Calcutta medical institutions reports 1879-81 [i.e.91]
Year: 1879
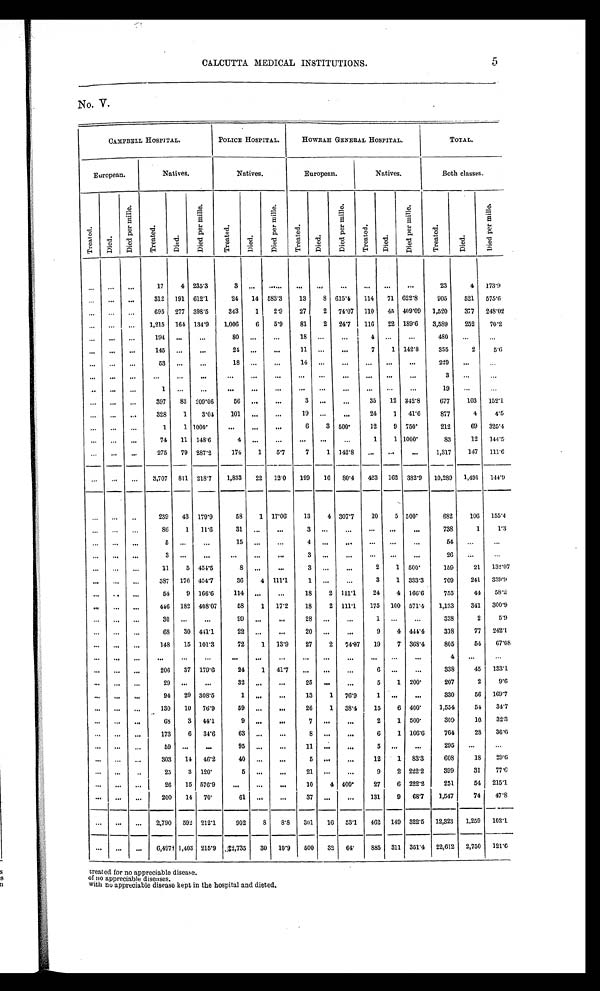
CALCUTTA MEDICAL INSTITUTIONS.
No. V.
CAMPBELL HOSPITAL.
POLICE HOSPITAL.
HOWRAH GENERAL HOSPITAL.
T O T A L .
European.
Natives.
Natives.
European.
Natives.
Both classes.
T r e a t e d .
D i e d .
D i e d p e r m i l l e .
Tr e a t e d .
D i e d .
D i e d p e r m i l l e .
Tr eat ed.
D i e d .
D i e d p e r m i l l e .
T r e a t e d .
D i e d .
D i e d p e r m i l l e .
T r e a t e d .
D i e d .
D i e d p e r m i l l e .
T r e a t e d .
D i e d .
D i e d p e r m i l l e .
. . .
. . .
. . .
17
4 235.3
3
. . .
. . .
. . .
. . .
. . .
. . .
. . .
. . .
23
4 173.9
. . .
. . .
. . .
312 191 612.1
24
14 583.3
13
8 615.4
114
71 622.8
905
521
5 7 5 . 6
. . .
. . .
. . .
695 277 398.5
343
1
2.9
27
2 74.07 110
45 409.09 1,520
377 248.02
. . .
. . .
. . .
1,215 164 134.9
1,006
6
5.9
81
2 24.7
116
22 189.6
3,589
252
70.2
. . .
. . .
. . .
194
. . .
. . .
80
. . .
. . .
18
. . .
. . .
4
. . .
. . . 480
. . .
. . .
. . .
. . .
. . .
145
. . .
. . .
24
. . .
. . .
11
. . .
. . .
7
1 142.8
355
2
5.6
. . .
. . .
. . .
53
. . .
. . .
18
. . .
. . .
14
. . .
. . .
. . .
. . .
. . . 229
. . .
. . .
. . .
. . .
. . .
. . .
. . .
. . .
. . .
. . .
. . .
. . .
. . .
. . .
. . .
. . .
. . .
3
. . .
. . .
. . .
. . .
. . .
1
. . .
. . .
. . .
. . .
. . .
. . .
. . .
. . .
. . .
. . .
. . .
19
. . .
. . .
. . .
. . .
. . .
397
83 209.06
56
. . .
. . .
3 . . .
. . . 35
12 342.8
677
103 1 5 2 . 1
. . .
. . .
. . .
328
1
3.04
101
. . .
. . .
1 9
. . .
. . .
24
1 41.6
877
4
4 . 5
. . .
. . .
. . .
1
1 1000°. . .
. . .
. . .
6
3 500°12
9 750°212
69 3 2 5 . 4
. . .
. . .
. . .
74
11 148.6
4
. . .
. . .
. . .
. . .
. . .
1
1 1000°83
12
1 4 4 . 5
. . .
. . .
. . .
275
79 287.2
174
1
5.7
7
1 142.8
. . .
. . .
. . .
1,317
147 111.6
. . .
. . .
. . .
3,707 811 218.7
1,833
22
12.0
199
16
8 0 . 4
423 162 382.9
10,289 1,491
144.9
. . .
. . .
. . .
239
43 179.9
58
1 17.06
13
4 307.7
10
5 5 0 0°682
106 155.4
. . .
. . .
. . .
86
1
11.6
31
. . .
. . .
3
. . .
. . .
. . .
. . .
. . .
738
1
1 . 3
. . .
. . .
. . .
5
. . .
. . .
15
. . .
. . .
4
. . .
. . .
. . .
. . .
. . .
54
. . .
. . .
. . .
. . .
. . .
3
. . .
. . .
. . .
. . .
. . .
3
. . .
. . .
. . .
. . .
. . .
26
. . .
. . .
. . .
. . .
. . .
11
5 454.5
8
. . .
. . .
3
. . .
. . . 2
1 500°159
21
132.07
. . .
. . .
. . . 387 176 454.7
36
4 111.1
1
. . .
. . . 3
1 333.3
709
241
339.9
. . .
. . .
. . .
54
9 166.6
114
. . .
. . .
18
2 111.1
24
4 166.6
755
44
58. 2
. . .
. . .
. . . 446 182 408.07
58
1 17.2
18
2 111.1
175 100 571.4
1,133
341 300.9
. . .
. . .
. . .
30
. . .
. . .
99
. . .
. . .
28
. . .
. . .
1
. . .
. . .
338
2
5.9
. . .
. . .
. . .
68
30 441.1
22
. . .
. . .
20
. . .
. . .
9
4 444.4
318
77 242.1
. . .
. . .
. . .
148
15 101.3
72
1 13.9
27
2
74.07
19
7 368.4
805
54
67.08
. . .
. . .
. . .
. . .
. . .
. . .
. . .
. . .
. . .
. . .
. . .
. . .
. . .
. . .
. . .
4
. . .
. . .
. . .
. . .
. . .
206
37 179.6
24
1 41.7
. . .
. . .
. . .
6
. . .
. . .
338
45
133. 1
. . .
. . .
. . .
29
. . .
. . .
32
. . .
. . .
25
. . .
. . .
5
1 200°207
2
9.6
. . .
. . .
. . .
94
29 308.5
1
. . .
. . .
13
1 76.9
1
. . .
. . .
330
56 169. 7
. . .
. . .
. . .
130
10 76.9
59
. . .
. . .
26
1 38.4
15
6 400°1,554
54
34. 7
. . .
. . .
. . .
68
3 44.1
9
. . .
. . .
7 . . .
. . .
2
1 500°309
10
32. 3
. . .
. . .
. . .
173
6 34.6
63
. . .
. . .
8 . . .
. . .
6
1 166.6
764
28
36. 6
. . .
. . .
. . .
59
. . .
. . .
95
. . .
. . .
11
. . .
. . .
5
. . .
. . .
295
. . .
. . .
. . .
. . .
. . .
303
14 46.2
40
. . .
. . .
5 . . .
. . .
12
1 83.3
608
18
29. 6
. . .
. . .
. . .
25
3 120°5
. . .
. . .
21
. . .
. . .
9
2 222.2
399
31
77.6
. . .
. . .
. . .
2 6 15 576.9
. . .
. . .
. . .
10
4 400°27
6 222.2
251
54 215.1
. . .
. . .
. . .
200
14 70°61
. . .
. . .
37
. . .
. . .
131
9 68.7
1,547
74
47.8
. . .
. . .
. . .
2,790 592 212.1
902
8
8.8
301
16 53.1
462 149 322.5 12,323
1,259
102.1
. . .
. . .
. . .
6,497† 1,403 215.9 ‡2,735
30 10.9
500
32 64°885 311 351.4 22,612 2,750 121. 6
treated for no appreciable disease.
of no appreciable diseases.
with no appreciable disease kept in the hospital and dieted.